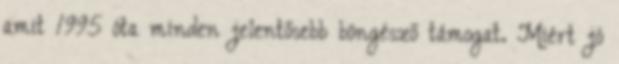
amit 1995 óta minden jelentősebb böngésző támogat. Miért jó